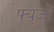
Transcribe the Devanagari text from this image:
फ्यूजों